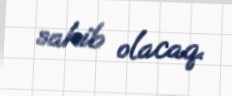
sahib olacaq.